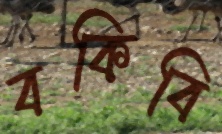
বকিবি